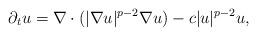
LaTeX: \begin{align*}\partial_{t}u = \nabla \cdot (|\nabla u|^{p-2} \nabla u) - c |u|^{p-2} u ,\end{align*}